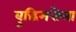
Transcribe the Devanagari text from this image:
बुद्धिमत्तेला